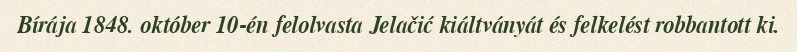
Bírája 1848. október 10-én felolvasta Jelačić kiáltványát és felkelést robbantott ki.